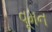
વૂમન